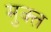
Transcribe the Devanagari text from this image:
मुक्त्त